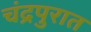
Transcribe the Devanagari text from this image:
चंद्रपुरात